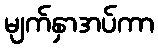
မျက်နှာအပ်ကာ